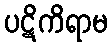
ပဋိကိရာမ